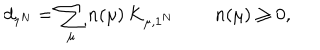
LaTeX: d _ { 1 ^ { N } } = \sum _ { \mu } n ( \mu ) \, K _ { \mu , 1 ^ { N } } \, \qquad n ( \mu ) \geq 0 ,